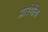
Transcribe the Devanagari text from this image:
प्रारंभीच